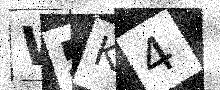
Text: W5K4